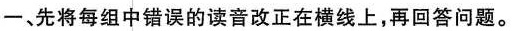
一、先将每组中错误的读音改正在横线上，再回答问题。